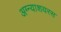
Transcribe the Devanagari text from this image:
अग्न्याशयरस